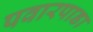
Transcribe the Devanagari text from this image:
पवारपाडा